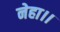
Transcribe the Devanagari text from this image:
नेहा।।